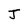
Character: J